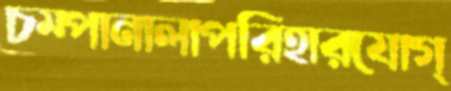
চম্পানালাপরিহারযোগ্